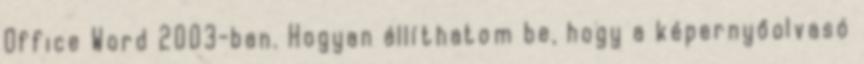
Office Word 2003-ban. Hogyan állíthatom be, hogy a képernyőolvasó